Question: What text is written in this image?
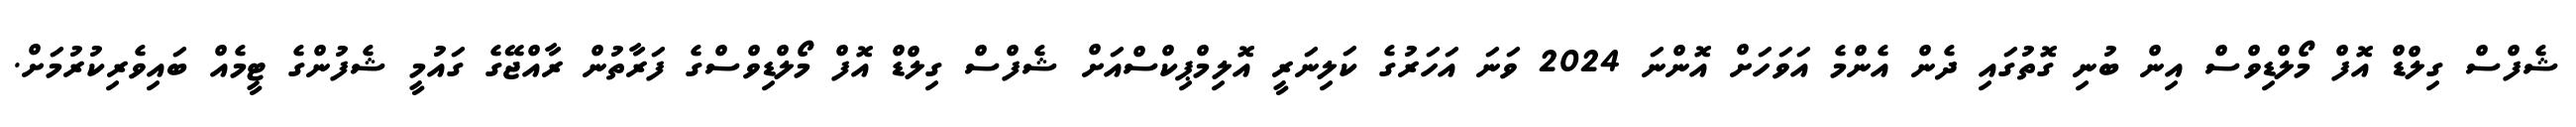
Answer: ޝެފްސް ގިލްޑް އޮފް މޯލްޑިވްސް އިން ބުނި ގޮތުގައި ދެން އެންމެ އަވަހަށް އޮންނަ 2024 ވަނަ އަހަރުގެ ކަލިނަރީ އޮލިމްޕިކްސްއަށް ޝެފްސް ގިލްޑް އޮފް މޯލްޑިވްސްގެ ފަރާތުން ރާއްޖޭގެ ގައުމީ ޝެފުންގެ ޓީމެއް ބައިވެރިކުރުމަށް.